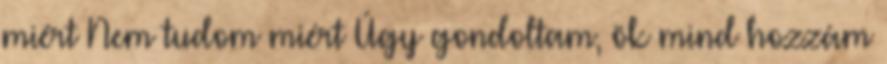
miért Nem tudom miért Úgy gondoltam, ök mind hozzám